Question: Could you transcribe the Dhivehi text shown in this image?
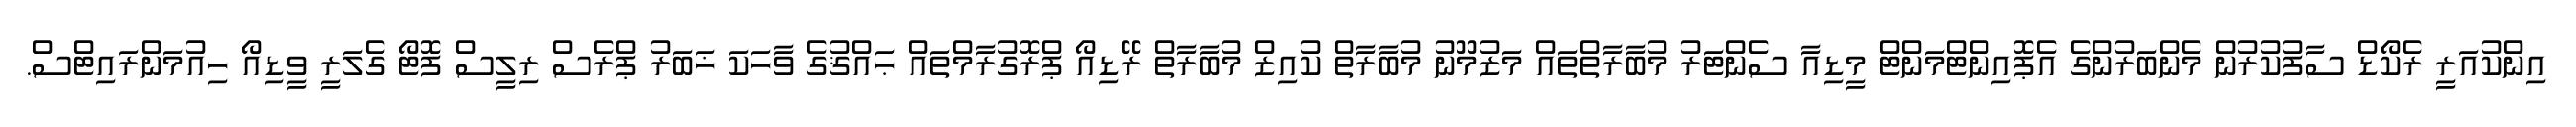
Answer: އިންކުއަރީ ރެކޯޑް ސާފުކުރުން މެންބަރުންގެ އެޕޮއިންޓްމަންޓް މީޑިއާ ސެންޓަރު މުބާރާތްތައް މަޒުމޫނު މުބާރާތް ކުއިޒް މުބާރާތް ރޭޑިއޯ ޕްރޮގުރާމްތައް ޙައްޤުގެ ވާހަކަ ޚަބަރު ޕްރެސް ރިލީސް ފޮޓޯ ގެލަރީ ވީޑިއޯ ހިއުމަންރައިޓްސް.